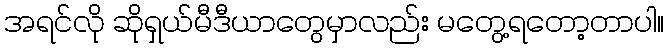
အရင်လို ဆိုရှယ်မီဒီယာတွေမှာလည်း မတွေ့ရတော့တာပါ။